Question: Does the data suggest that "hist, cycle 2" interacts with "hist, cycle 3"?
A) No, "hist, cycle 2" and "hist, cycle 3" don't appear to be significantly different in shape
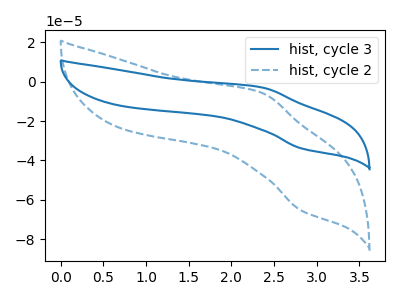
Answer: <think>The blue curve "hist, cycle 3" has an anodic peak at (2.35V, -2.95uA) and a cathodic peak at (2.80V, -33.90uA). The blue dashed curve "hist, cycle 2" has an anodic peak at (2.35V, -5.70uA) and a cathodic peak at (2.80V, -65.40uA).
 All the peaks in "hist, cycle 2" have a peak in "hist, cycle 3" at the same potential.</think>
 <answer>A) No, "hist, cycle 2" and "hist, cycle 3" don't appear to be significantly different in shape</answer>
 <eval>A</eval>